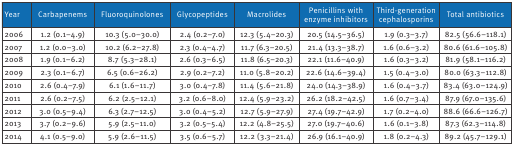
<table><thead><tr><td><b>Year</b></td><td><b>Carbapenems</b></td><td><b>Fluoroquinolones</b></td><td><b>Glycopeptides</b></td><td><b>Macrolides</b></td><td><b>Penicillins with enzyme inhibitors</b></td><td><b>Third-generation cephalosporins</b></td><td><b>Total antibiotics</b></td></tr></thead><tbody><tr><td>2006</td><td>1.2 (0.1–4.9)</td><td>10.3 (5.0–30.0)</td><td>2.4 (0.2–7.0)</td><td>12.3 (5.4–20.3)</td><td>20.5 (14.5–36.5)</td><td>1.9 (0.3–3.7)</td><td>82.5 (56.6–118.1)</td></tr><tr><td>2007</td><td>1.2 (0.0–3.0)</td><td>10.2 (6.2–27.8)</td><td>2.3 (0.4–4.7)</td><td>11.7 (6.3–20.5)</td><td>21.4 (13.3–38.7)</td><td>1.6 (0.6–3.2)</td><td>80.6 (61.6–105.8)</td></tr><tr><td>2008</td><td>1.9 (0.1–6.2)</td><td>8.7 (5.3–28.1)</td><td>2.6 (0.3–6.5)</td><td>11.8 (6.5–20.3)</td><td>22.1 (11.6–40.9)</td><td>1.6 (0.3–3.2)</td><td>81.9 (58.1–116.2)</td></tr><tr><td>2009</td><td>2.3 (0.1–6.7)</td><td>6.5 (0.6–26.2)</td><td>2.9 (0.2–7.2)</td><td>11.0 (5.8–20.2)</td><td>22.6 (14.6–39.4)</td><td>1.5 (0.4–3.0)</td><td>80.0 (63.3–112.8)</td></tr><tr><td>2010</td><td>2.6 (0.4–7.9)</td><td>6.1 (1.6–11.7)</td><td>3.0 (0.4–7.8)</td><td>11.4 (5.6–21.8)</td><td>24.0 (14.3–38.9)</td><td>1.6 (0.4–3.7)</td><td>83.4 (63.0–124.9)</td></tr><tr><td>2011</td><td>2.6 (0.2–7.5)</td><td>6.2 (2.5–12.1)</td><td>3.2 (0.6–8.0)</td><td>12.4 (5.9–23.2)</td><td>26.2 (18.2–42.5)</td><td>1.6 (0.7–3.4)</td><td>87.9 (67.0–135.6)</td></tr><tr><td>2012</td><td>3.0 (0.5–9.4)</td><td>6.3 (2.7–12.5)</td><td>3.0 (0.4–5.2)</td><td>12.7 (5.9–27.9)</td><td>27.4 (19.7–42.9)</td><td>1.7 (0.2–4.0)</td><td>88.6 (66.6–126.7)</td></tr><tr><td>2013</td><td>3.7 (0.2–9.6)</td><td>5.9 (2.5–11.0)</td><td>3.2 (0.5–5.4)</td><td>12.2 (4.8–25.5)</td><td>27.0 (19.7–40.6)</td><td>1.6 (0.1–3.8)</td><td>87.3 (62.3–114.8)</td></tr><tr><td>2014</td><td>4.1 (0.5–9.0)</td><td>5.9 (2.6–11.5)</td><td>3.5 (0.6–5.7)</td><td>12.2 (3.3–21.4)</td><td>26.9 (16.1–40.9)</td><td>1.8 (0.2–4.3)</td><td>89.2 (45.7–129.1)</td></tr></tbody></table>